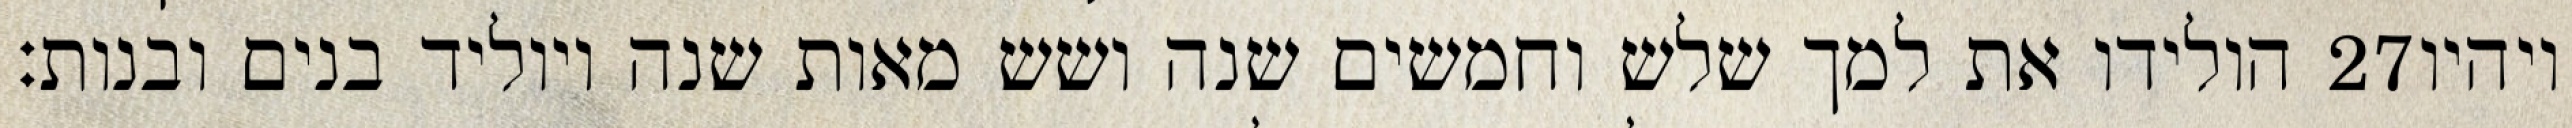
הולידו את למך שלש וחמשים שנה ושש מאות שנה ויוליד בנים ובנות׃ ‎27‏ ויהיו